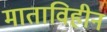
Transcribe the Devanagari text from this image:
माताविहीन